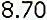
8.70